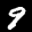
Label: 9